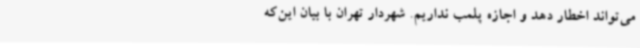
می‌تواند اخطار دهد و اجازه پلمب نداریم. شهردار تهران با بیان این‌که